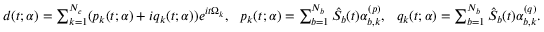
\begin{array} { r } { d ( t ; \boldsymbol { \alpha } ) = \sum _ { k = 1 } ^ { N _ { c } } ( p _ { k } ( t ; \boldsymbol { \alpha } ) + i q _ { k } ( t ; \boldsymbol { \alpha } ) ) e ^ { i t \Omega _ { k } } , \ \ p _ { k } ( t ; \boldsymbol { \alpha } ) = \sum _ { b = 1 } ^ { N _ { b } } \hat { S } _ { b } ( t ) \alpha _ { b , k } ^ { ( p ) } , \ \ q _ { k } ( t ; \boldsymbol { \alpha } ) = \sum _ { b = 1 } ^ { N _ { b } } \hat { S } _ { b } ( t ) \alpha _ { b , k } ^ { ( q ) } . } \end{array}